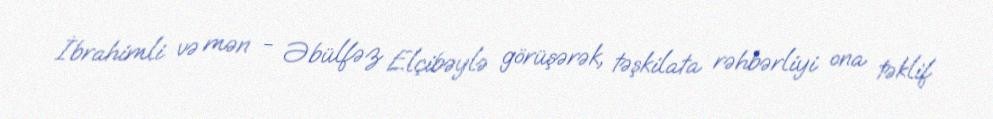
İbrahimli və mən - Əbülfəz Elçibəylə görüşərək, təşkilata rəhbərliyi ona təklif